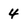
Character: 4